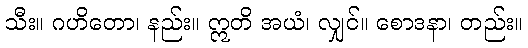
သီး။ ဂဟိတော၊ နည်း။ ဣတိ အယံ၊ လျှင်။ စောဒနာ၊ တည်း။